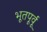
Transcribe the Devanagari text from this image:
भूतपूर्वू